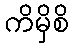
ကိမှိစိ